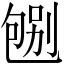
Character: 𠣶